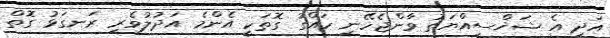
އަދި އެ ޝަޚްސިއްޔަތު ވާންޖެހޭނީ ހައްގު ގޮތަކީ އެންމެ އަދުލުވެރި ރަނގަޅު ގޮތް